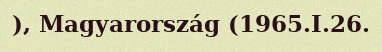
), Magyarország (1965.I.26.